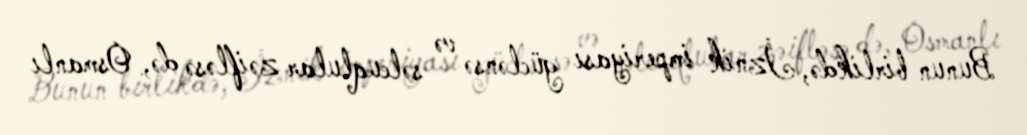
Bunun birlikdə, İznik imperiyası güclənsə və səlcuqlular zəifləsə də, Osmanlı